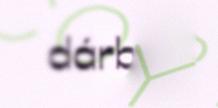
dárbbo